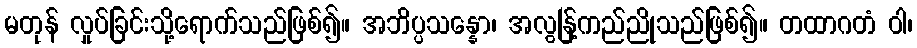
မတုန် လှုပ်ခြင်းသို့ရောက်သည်ဖြစ်၍။ အဘိပ္ပသန္နော၊ အလွန်ြ့ကည်ညိုသည်ဖြစ်၍။ တထာဂတံ ဝါ၊